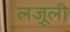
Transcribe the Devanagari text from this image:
लजू़ली